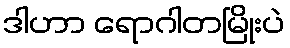
ဒါဟာ ရောဂါတမြိုးပဲ